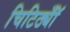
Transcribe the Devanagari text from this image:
चिटिठ्यॉँ